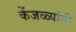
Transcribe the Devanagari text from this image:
केंजळ्यांनी